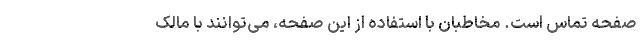
صفحه‌ تماس است. مخاطبان با استفاده از این صفحه، می‌توانند با مالک